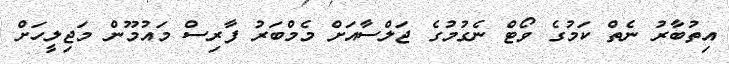
އިތުބާރު ނެތް ކަމުގެ ވޯޓް ނެގުމުގެ ޖަލްސާއަށް މެމްބަރު ފާރިސް މައުމޫން މަޖިލީހަށް